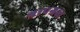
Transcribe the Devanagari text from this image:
श्रापग्रस्त